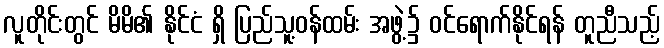
လူတိုင်းတွင် မိမိ၏ နိုင်ငံ ရှိ ပြည်သူ့ဝန်ထမ်း အဖွဲ့၌ ဝင်ရောက်နိုင်ရန် တူညီသည့်